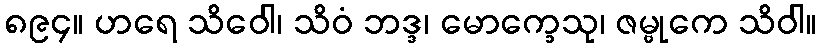
၈၉၄။ ဟရေ သိဝေါ၊ သိဝံ ဘဒ္ဒ၊ မောက္ခေသု၊ ဇမ္ဗုကေ သိဝါ။